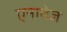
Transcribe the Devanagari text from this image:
एनातेज